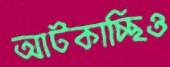
আটকাচ্ছিও